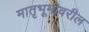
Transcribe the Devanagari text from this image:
मातृभूमीवरील